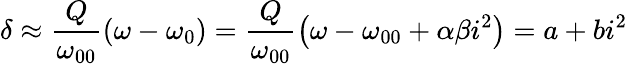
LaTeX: \delta\approx\frac{Q}{\omega_{00}}\left(\omega-\omega_{0}\right)=\frac{Q}{\omega_{00}}\left(\omega-\omega_{00}+\alpha\beta i^{2}\right)=a+bi^{2}